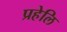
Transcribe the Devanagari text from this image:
प्रहेलि